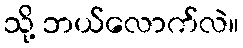
သို့ ဘယ်လောက်လဲ။